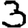
Digit: 3